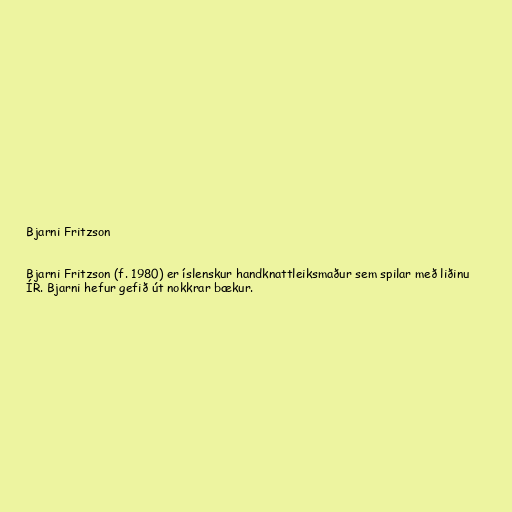
Bjarni Fritzson

Bjarni Fritzson (f. 1980) er íslenskur handknattleiksmaður sem spilar með liðinu
ÍR. Bjarni hefur gefið út nokkrar bækur.